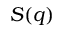
S ( q )